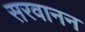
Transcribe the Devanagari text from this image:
सरवानन